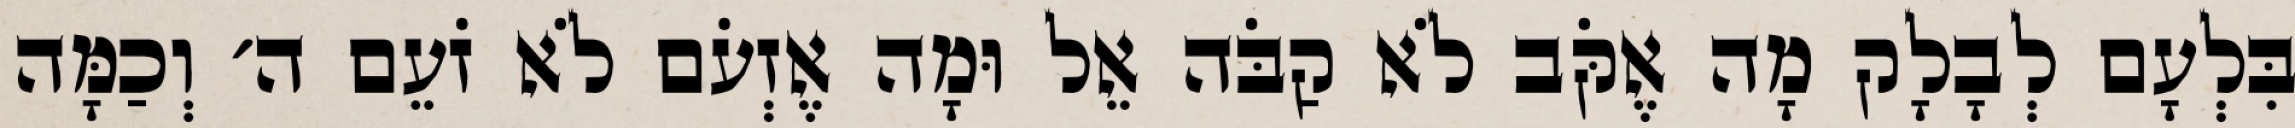
בִּלְעָם לְבָלָק מָה אֶקֹּב לֹא קַבֹּה אֵל וּמָה אֶזְעֹם לֹא זֹעֵם ה׳ וְכַמָּה